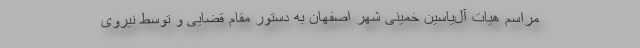
مراسم هیات آل‌یاسین خمینی شهر اصفهان به دستور مقام قضایی و توسط نيروى